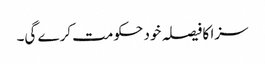
سزا کا فیصلہ خود حکومت کرے گی۔